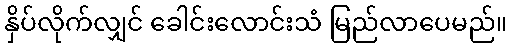
နှိပ်လိုက်လျှင် ခေါင်းလောင်းသံ မြည်လာပေမည်။